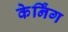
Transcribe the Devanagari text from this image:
केर्निंग